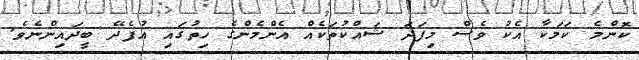
ކޮންމެ ކަމަކާ އެކު ވެސް މިފަދަ ޝައްކުތަކެއް އެންމެންގެ ހިތުގައި އުފެދޭ ބީދައިންނެވެ.